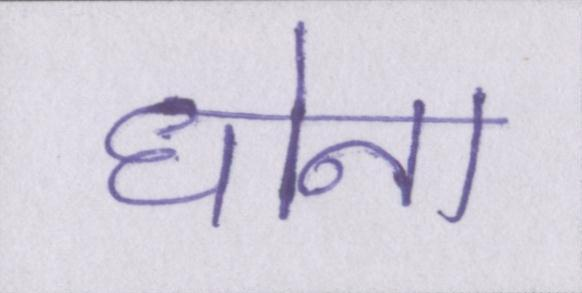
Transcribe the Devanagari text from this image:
धोना